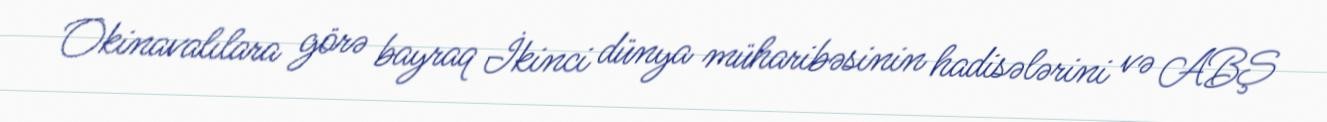
Okinavalılara görə bayraq İkinci dünya müharibəsinin hadisələrini və ABŞ